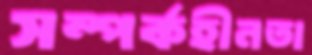
সম্পর্কহীনতা